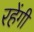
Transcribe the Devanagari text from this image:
रहेंगीं